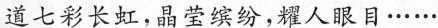
道七彩长虹，晶莹缤纷，耀人眼目……